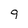
Character: 9